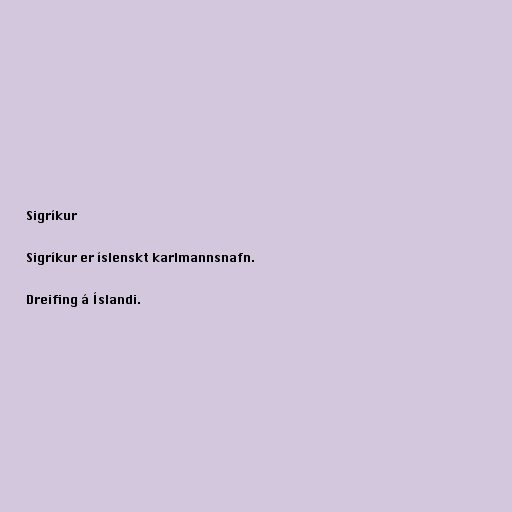
Sigríkur

Sigríkur er íslenskt karlmannsnafn.

Dreifing á Íslandi.